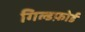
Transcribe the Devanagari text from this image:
गिल्डफ़ोर्ड